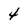
Character: 4